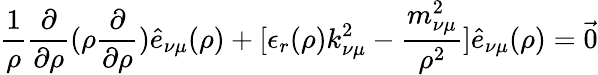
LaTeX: \frac{1}{\rho}\frac{\partial}{\partial\rho}(\rho\frac{\partial}{\partial\rho})\hat{e}_{\nu\mu}(\rho)+[\epsilon_{r}(\rho)k_{\nu\mu}^{2}-\frac{m_{\nu\mu}^{2}}{\rho^{2}}]\hat{e}_{\nu\mu}(\rho)={\vec{0}}